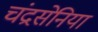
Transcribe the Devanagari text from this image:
चंद्रसेनिया